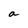
Character: a